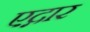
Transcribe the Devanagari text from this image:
एद्गार